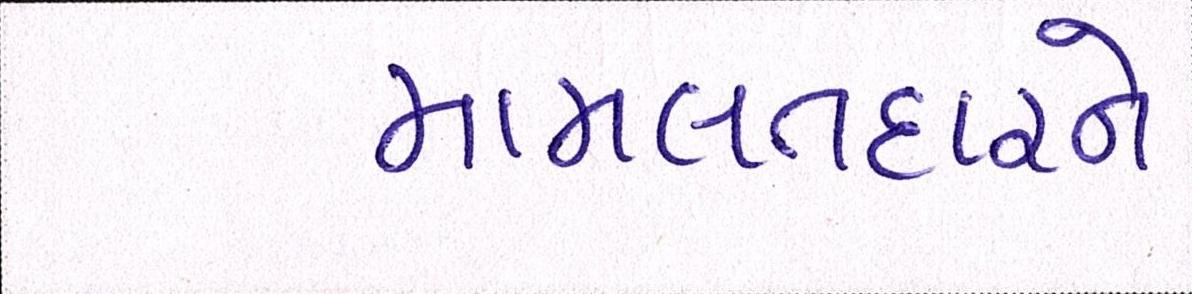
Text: મામલતદારને